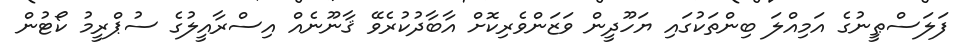
ފަލަސްޠީނުގެ އަމިއްލަ ބިންތަކުގައި ޔަހޫދީން ވަޒަންވެރިކޮށް އާބާދުކުރެވޭ ޤާނޫނެއް އިސްރާއީލުގެ ސުޕްރީމު ކޯޓުން